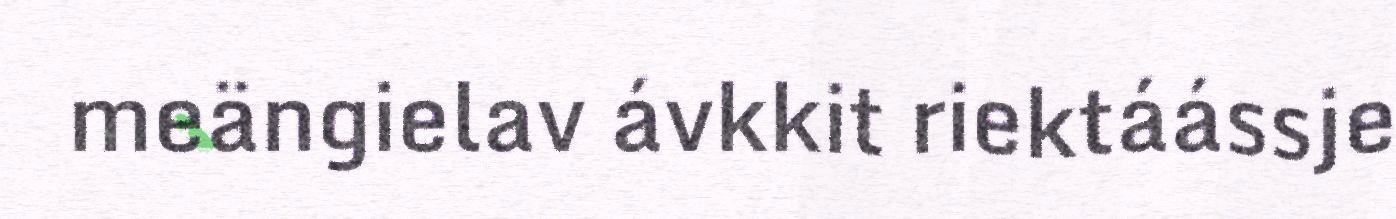
meängielav ávkkit riektáássje